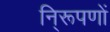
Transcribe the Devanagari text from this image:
नि्रूपणों